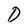
Character: O